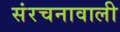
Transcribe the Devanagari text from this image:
संरचनावाली